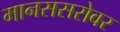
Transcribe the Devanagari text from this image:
मानससरोवर